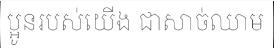
ប្អូនរបស់យើង ជាសាច់ឈាម